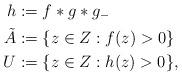
LaTeX: \begin{align*} h&:=f*g*g_{-}\\ \tilde{A}&:=\{z\in Z: f(z)>0\}\\ U&:=\{z\in Z: h(z)>0\}, \end{align*}